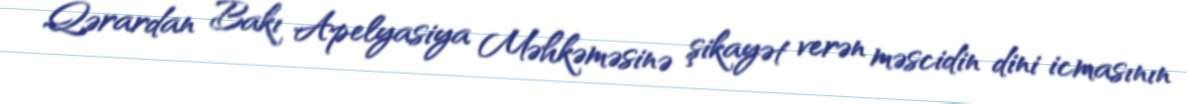
Qərardan Bakı Apelyasiya Məhkəməsinə şikayət verən məscidin dini icmasının